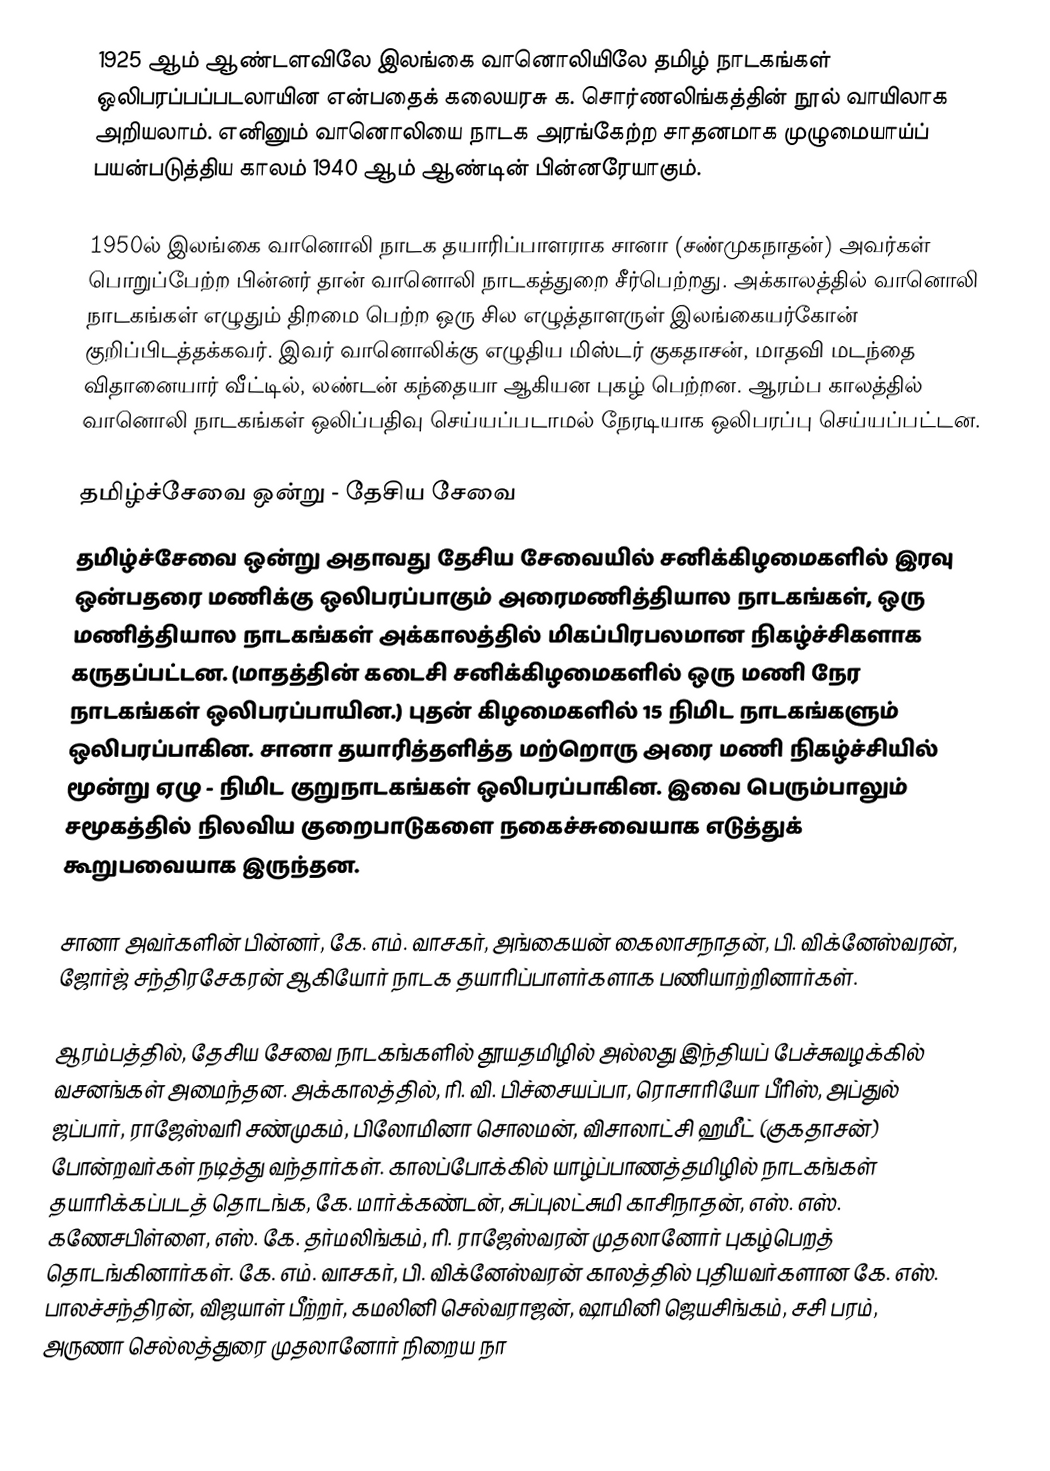
1925 ஆம் ஆண்டளவிலே இலங்கை வானொலியிலே தமிழ் நாடகங்கள் ஒலிபரப்பப்படலாயின என்பதைக் கலையரசு க. சொர்ணலிங்கத்தின் நூல் வாயிலாக அறியலாம். எனினும் வானொலியை நாடக அரங்கேற்ற சாதனமாக முழுமையாய்ப் பயன்படுத்திய காலம் 1940 ஆம் ஆண்டின் பின்னரேயாகும்.

1950ல் இலங்கை வானொலி நாடக தயாரிப்பாளராக சானா (சண்முகநாதன்) அவர்கள் பொறுப்பேற்ற பின்னர் தான் வானொலி நாடகத்துறை சீர்பெற்றது. அக்காலத்தில் வானொலி நாடகங்கள் எழுதும் திறமை பெற்ற ஒரு சில எழுத்தாளருள் இலங்கையர்கோன் குறிப்பிடத்தக்கவர். இவர் வானொலிக்கு எழுதிய மிஸ்டர் குகதாசன், மாதவி மடந்தை விதானையார் வீட்டில், லண்டன் கந்தையா ஆகியன புகழ் பெற்றன. ஆரம்ப காலத்தில் வானொலி நாடகங்கள் ஒலிப்பதிவு செய்யப்படாமல் நேரடியாக ஒலிபரப்பு செய்யப்பட்டன.

தமிழ்ச்சேவை ஒன்று - தேசிய சேவை
தமிழ்ச்சேவை ஒன்று அதாவது தேசிய சேவையில் சனிக்கிழமைகளில் இரவு ஒன்பதரை மணிக்கு ஒலிபரப்பாகும் அரைமணித்தியால நாடகங்கள், ஒரு மணித்தியால நாடகங்கள் அக்காலத்தில் மிகப்பிரபலமான நிகழ்ச்சிகளாக கருதப்பட்டன. (மாதத்தின் கடைசி சனிக்கிழமைகளில் ஒரு மணி நேர நாடகங்கள் ஒலிபரப்பாயின.) புதன் கிழமைகளில் 15 நிமிட நாடகங்களும் ஒலிபரப்பாகின. சானா தயாரித்தளித்த மற்றொரு அரை மணி நிகழ்ச்சியில் மூன்று ஏழு - நிமிட குறுநாடகங்கள் ஒலிபரப்பாகின. இவை பெரும்பாலும் சமூகத்தில் நிலவிய குறைபாடுகளை நகைச்சுவையாக எடுத்துக் கூறுபவையாக இருந்தன.

சானா அவர்களின் பின்னர், கே. எம். வாசகர், அங்கையன் கைலாசநாதன், பி. விக்னேஸ்வரன், ஜோர்ஜ் சந்திரசேகரன் ஆகியோர் நாடக தயாரிப்பாளர்களாக பணியாற்றினார்கள்.

ஆரம்பத்தில், தேசிய சேவை நாடகங்களில் தூயதமிழில் அல்லது  இந்தியப் பேச்சுவழக்கில் வசனங்கள் அமைந்தன. அக்காலத்தில், ரி. வி. பிச்சையப்பா, ரொசாரியோ பீரிஸ், அப்துல் ஜப்பார், ராஜேஸ்வரி சண்முகம், பிலோமினா சொலமன், விசாலாட்சி ஹமீட் (குகதாசன்) போன்றவர்கள் நடித்து வந்தார்கள். காலப்போக்கில் யாழ்ப்பாணத்தமிழில் நாடகங்கள் தயாரிக்கப்படத் தொடங்க, கே. மார்க்கண்டன், சுப்புலட்சுமி காசிநாதன், எஸ். எஸ். கணேசபிள்ளை, எஸ். கே. தர்மலிங்கம், ரி. ராஜேஸ்வரன் முதலானோர் புகழ்பெறத் தொடங்கினார்கள். கே. எம். வாசகர், பி. விக்னேஸ்வரன் காலத்தில் புதியவர்களான கே. எஸ். பாலச்சந்திரன், விஜயாள் பீற்றர், கமலினி செல்வராஜன், ஷாமினி ஜெயசிங்கம், சசி பரம், அருணா செல்லத்துரை முதலானோர் நிறைய நா